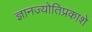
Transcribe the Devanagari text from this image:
ज्ञानज्योतिप्रकाशे